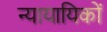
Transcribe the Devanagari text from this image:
न्यायायिकों